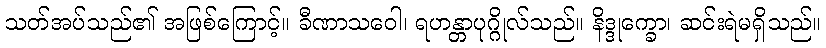
သတ်အပ်သည်၏ အဖြစ်ကြောင့်။ ခီဏာသဝေါ၊ ရဟန္တာပုဂ္ဂိုလ်သည်။ နိဒ္ဒုက္ခော၊ ဆင်းရဲမရှိသည်။